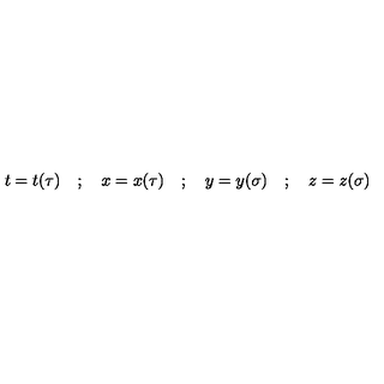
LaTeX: t = t ( \tau ) \quad ; \quad x = x ( \tau ) \quad ; \quad y = y ( \sigma ) \quad ; \quad z = z ( \sigma )